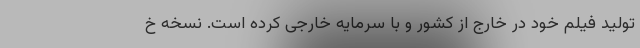
تولید فیلم خود در خارج از کشور و با سرمایه خارجی کرده است. نسخه خ